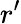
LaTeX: r^{\prime}